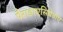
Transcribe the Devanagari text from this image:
पैराडाएसियेडाए